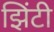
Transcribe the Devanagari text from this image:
झिंटी